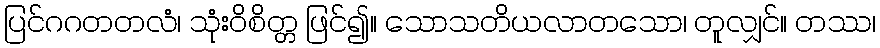
ပြင်ဂဂတတလံ၊ သုံးဝိစိတ္တ ဖြင်၍။ သောသတိယလာတသော၊ တူလျှင်။ တဿ၊